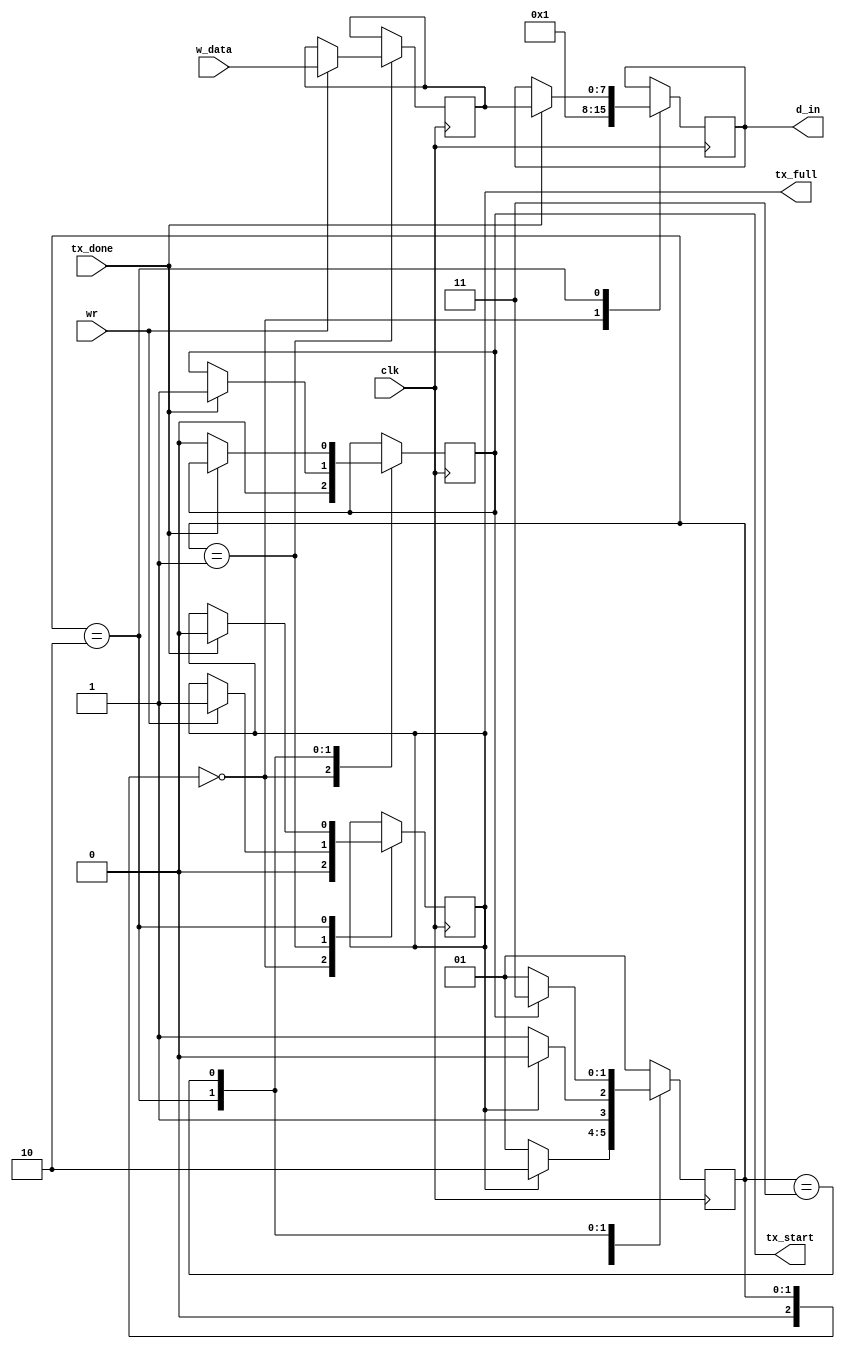
`timescale 1ns / 1ps
//////////////////////////////////////////////////////////////////////////////////
// Company: 
// Engineer: 
// 
// Design Name: 
// Module Name:    fifo_de_tx 
// Project Name: 
// Target Devices: 
// Tool versions: 
// Description: 
//
// Dependencies: 
//
// Revision: 
// Revision 0.01 - File Created
// Additional Comments: 
//
//////////////////////////////////////////////////////////////////////////////////
module fifo_de_tx
(
	input wire [7:0]w_data,
	input wire wr,
	input wire tx_done,
	input wire clk,
	output reg tx_full,
	output reg tx_start,
	output reg [7:0]d_in
);

//Estados
localparam [2:0] START = 2'b00,
					  IDLE = 2'b01,
					  ENVIO = 2'b10,
					  ESPERO = 2'b11;
					  
					  
					  
//Variables internas
reg [2:0] current_state = 3'b00;
reg [2:0] next_state = 3'b00;

reg [7:0] buffer = 1;


always @(posedge clk)
begin
		current_state <= next_state;
end

		
always @(posedge clk) // always de logica de salida
begin
	case(current_state)
		START: // estado inicial. start
				begin
					tx_start = 0;
					d_in = 1;
					tx_full = 0;
				end
		IDLE: 
				begin
					if(wr==1)
					begin
						buffer = w_data;
						tx_full = 1;
					end
				end		
		ENVIO: 
				begin
					if(tx_done == 1)
					begin
						d_in = buffer;
						tx_start = 1;
						tx_full = 0;
					end
				end
		ESPERO:
			begin
				if(tx_done == 0)
				begin
					tx_start=0;
				end
			end
	endcase
end//always de logica de salida
	
always @*
begin
	next_state = IDLE;
	case(current_state)
	   START:
			begin
				next_state = IDLE;
			end
		IDLE:
			begin
				if(tx_full == 1)
					next_state = ENVIO;
				else
					next_state = IDLE;
			end
		ENVIO:
			begin
				if(tx_full == 0)
					next_state = ESPERO;
				else
					next_state = ENVIO;
			end
		ESPERO:
			begin
				if(tx_start == 0)
				begin
					next_state = IDLE;
				end
				else
				begin
					next_state = ESPERO;
				end
			end
	endcase
end //always de logica cambio de estado
	

endmodule